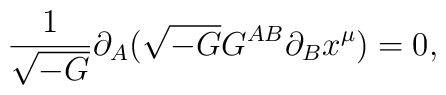
\frac{1}{\sqrt{-G}}\partial_A(\sqrt{-G}G^{AB}\partial_B x^\mu)=0,